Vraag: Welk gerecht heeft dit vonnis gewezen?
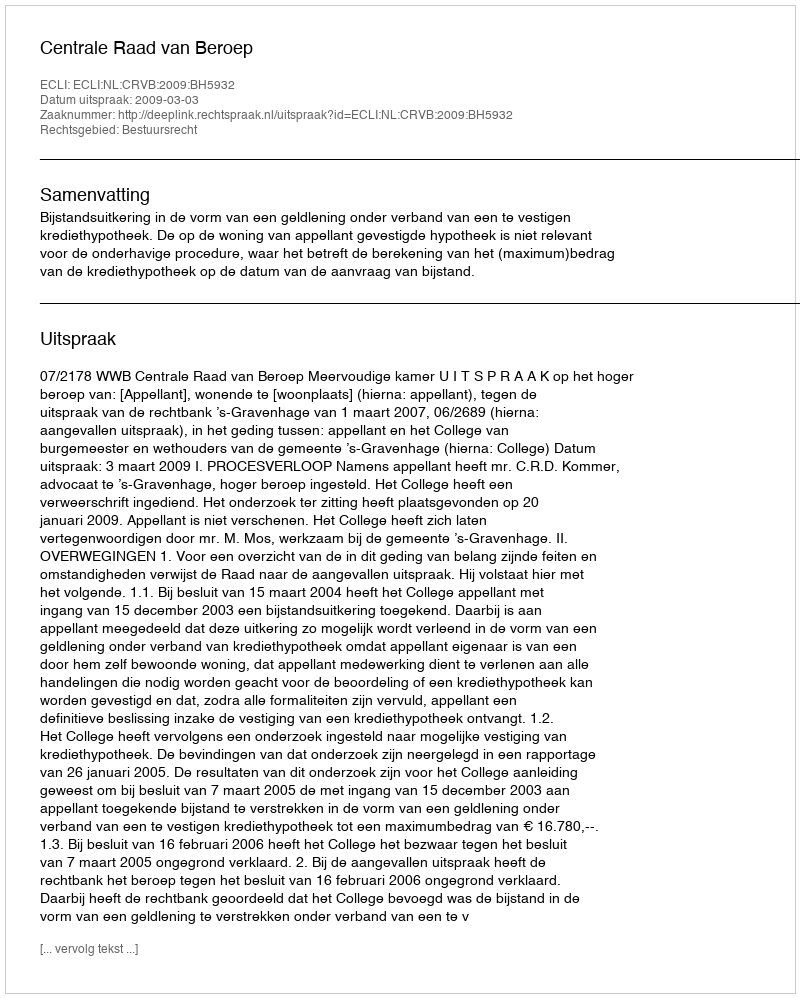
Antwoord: Centrale Raad van Beroep